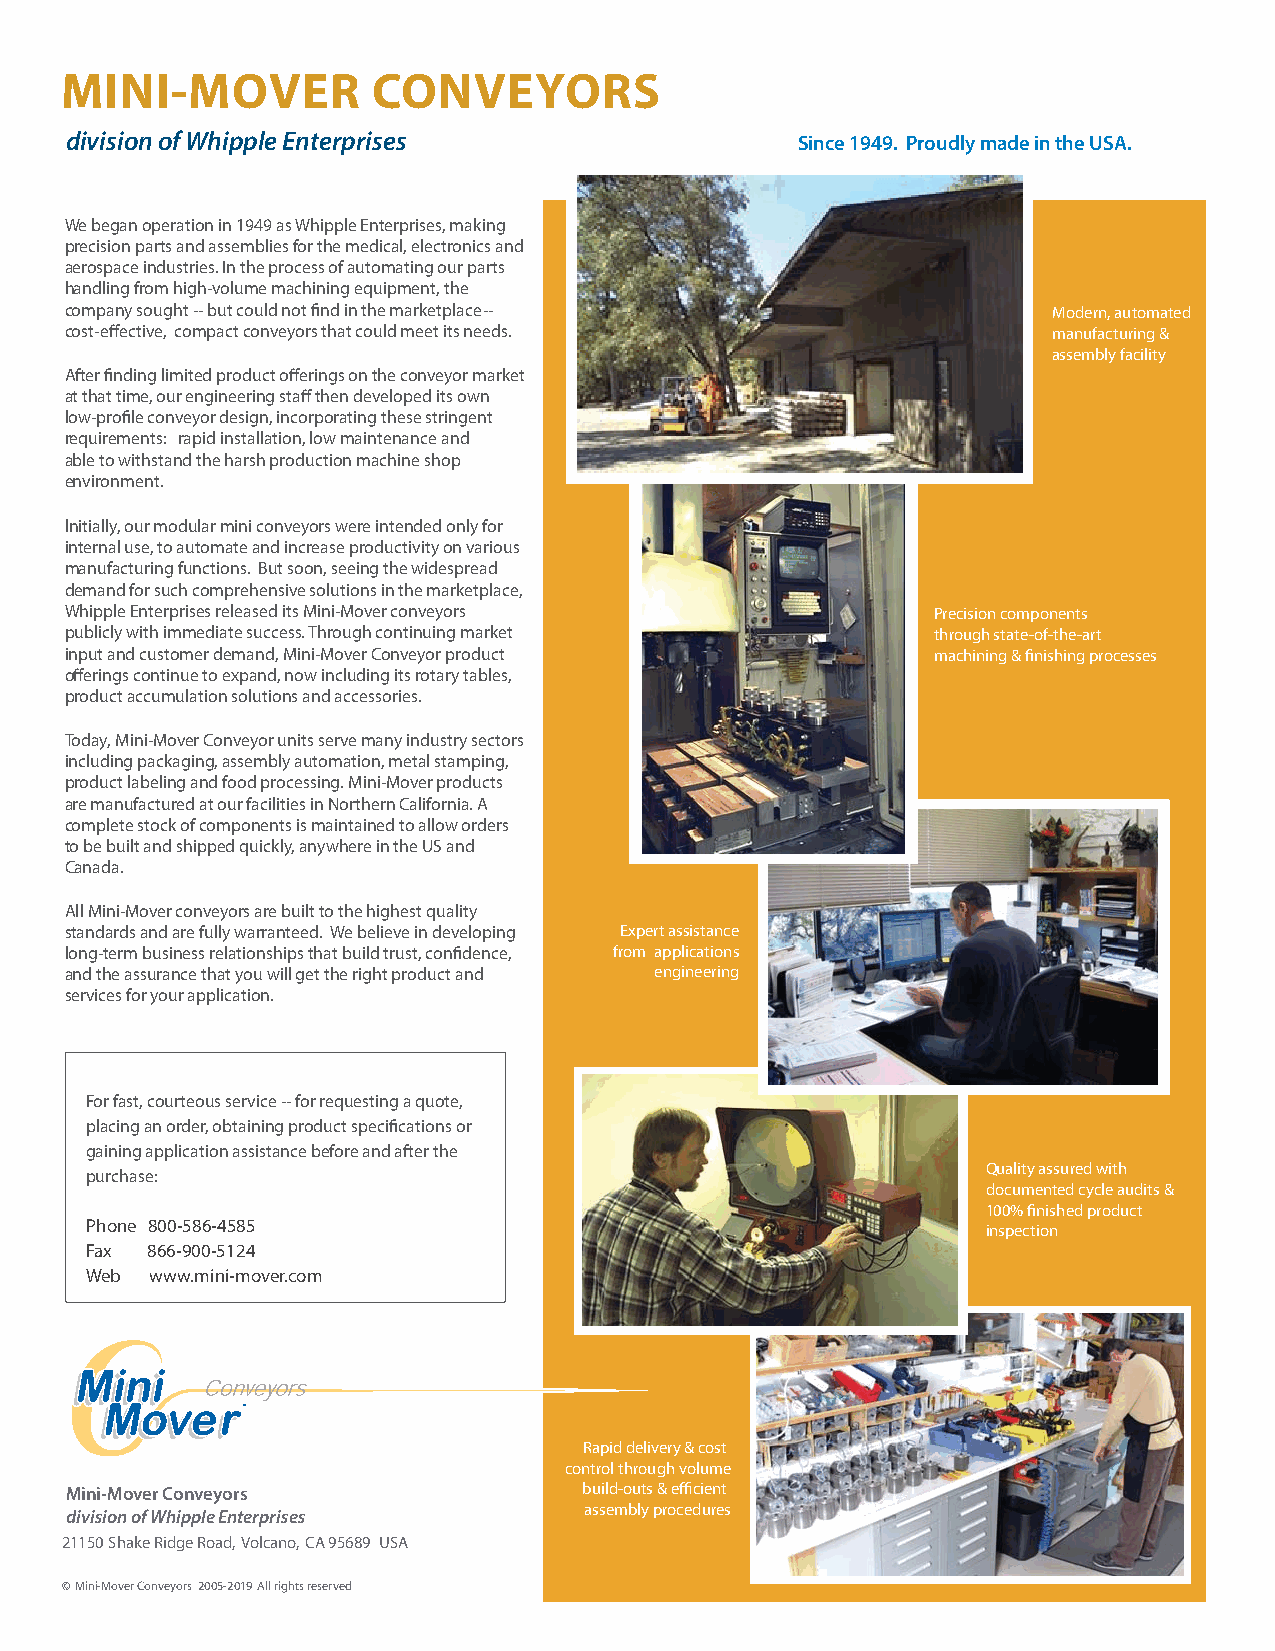
MINI-MOVER           CONVEYORS
 division of Whipple Enterprises
 Since 1949. Proudly made in the USA.
 We began operation in 1949 as Whipple Enterprises, making
 precision parts and assemblies for the medical, electronics and
 aerospace industries. In the process of automating our parts
 handling from high-volume machining equipment, the
 company sought -- but could not find in the marketplace--         Modern, automated
 cost-effective, compact conveyors that could meet its needs.      manufacturing &
 assembly facility
 After finding limited product offerings on the conveyor market
 at that time, our engineering staff then developed its own
 low-profile conveyor design, incorporating these stringent
 requirements: rapid installation, low maintenance and
 able to withstand the harsh production machine shop
 environment.
 Initially, our modular mini conveyors were intended only for
 internal use, to automate and increase productivity on various
 manufacturing functions. But soon, seeing the widespread
 demand for such comprehensive solutions in the marketplace,
 Whipple Enterprises released its Mini-Mover conveyors     Precision components
 publicly with immediate success. Through continuing market through state-of-the-art
 input and customer demand, Mini-Mover Conveyor product    machining & finishing processes
 offerings continue to expand, now including its rotary tables,
 product accumulation solutions and accessories.
 Today, Mini-Mover Conveyor units serve many industry sectors
 including packaging, assembly automation, metal stamping,
 product labeling and food processing. Mini-Mover products
 are manufactured at our facilities in Northern California. A
 complete stock of components is maintained to allow orders
 to be built and shipped quickly, anywhere in the US and
 Canada.
 All Mini-Mover conveyors are built to the highest quality
 standards and are fully warranteed. We believe in developing Expert assistance
 long-term business relationships that build trust, confidence, from applications
 and the assurance that you will get the right product and engineering
 services for your application.
 For fast, courteous service -- for requesting a quote,
 placing an order, obtaining product specifications or
 gaining application assistance before and after the
 Quality assured with
 purchase:
 documented cycle audits &
 100% finished product
 Phone 800-586-4585
 inspection
 Fax 866-900-5124
 Web www.mini-mover.com
 ®
 Rapid delivery & cost
 control through volume
 Mini-Mover Conveyors               build-outs & efficient
 division of Whipple Enterprises    assembly procedures
 21150 Shake Ridge Road, Volcano, CA 95689 USA
 © Mini-Mover Conveyors 2005-2019 All rights reserved